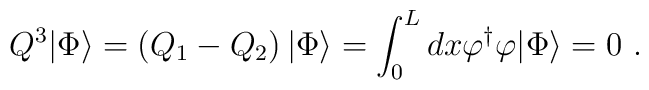
Q^{3}|\Phi\rangle = \left(Q_{1}-Q_{2}\right)|\Phi\rangle =\int_{0}^{L}dx\varphi^{\dagger}\varphi |\Phi\rangle = 0 \ .